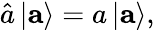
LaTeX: \hat{a}\, |{\mathbf a}\rangle=a\, |{\mathbf a}\rangle,